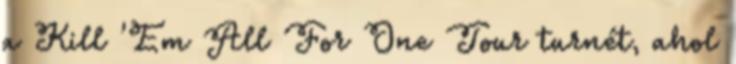
a Kill 'Em All For One Tour turnét, ahol